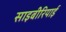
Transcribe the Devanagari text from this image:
साइबीरियाई